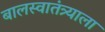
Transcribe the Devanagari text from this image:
बालस्वातंत्र्याला